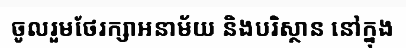
ចូលរួមថែរក្សាអនាម័យ និងបរិស្ថាន នៅក្នុង